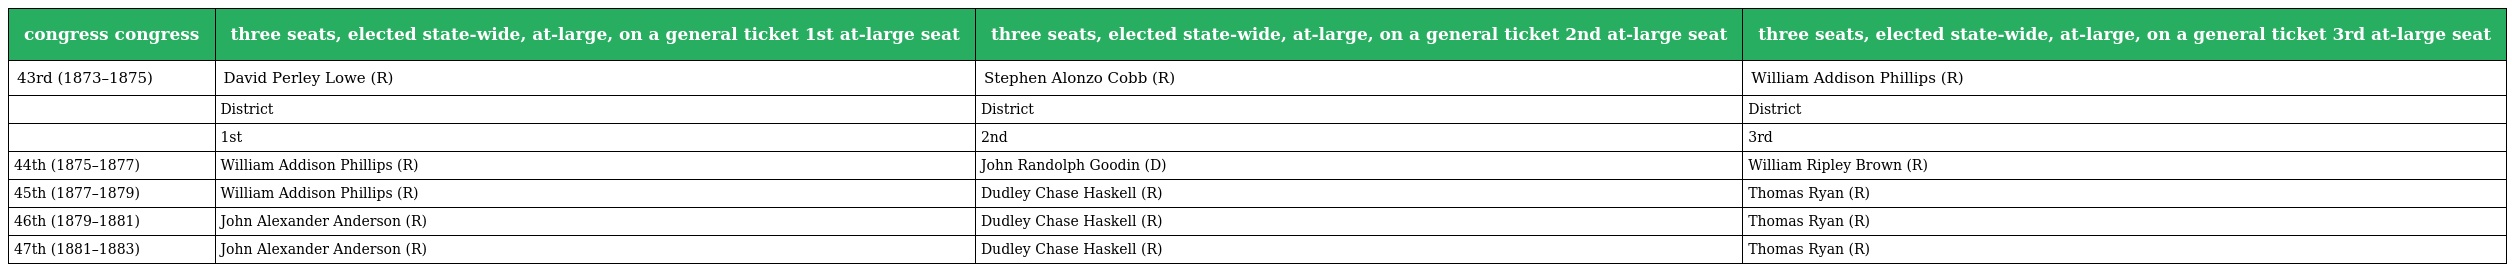
| congress congress | three seats, elected state-wide, at-large, on a general ticket 1st at-large seat | three seats, elected state-wide, at-large, on a general ticket 2nd at-large seat | three seats, elected state-wide, at-large, on a general ticket 3rd at-large seat |
 | --- | --- | --- | --- |
 | 43rd (1873–1875) | David Perley Lowe (R) | Stephen Alonzo Cobb (R) | William Addison Phillips (R) |
 |  | District | District | District |
 |  | 1st | 2nd | 3rd |
 | 44th (1875–1877) | William Addison Phillips (R) | John Randolph Goodin (D) | William Ripley Brown (R) |
 | 45th (1877–1879) | William Addison Phillips (R) | Dudley Chase Haskell (R) | Thomas Ryan (R) |
 | 46th (1879–1881) | John Alexander Anderson (R) | Dudley Chase Haskell (R) | Thomas Ryan (R) |
 | 47th (1881–1883) | John Alexander Anderson (R) | Dudley Chase Haskell (R) | Thomas Ryan (R) |